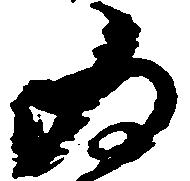
為